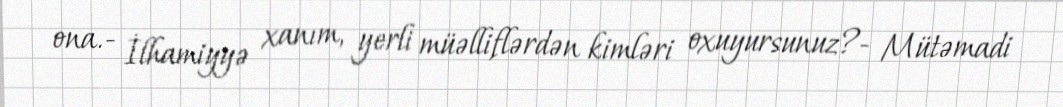
ona.- İlhamiyyə xanım, yerli müəlliflərdən kimləri oxuyursunuz?- Mütəmadi